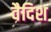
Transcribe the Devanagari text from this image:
वैदिश